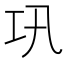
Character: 巩